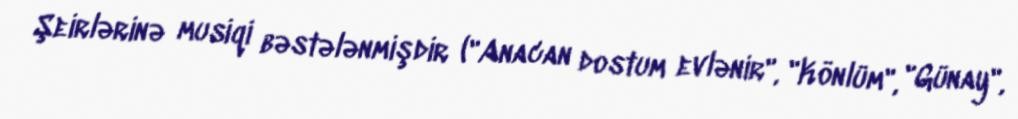
Şeirlərinə musiqi bəstələnmişdir ("Anacan dostum evlənir", "Könlüm", "Günay",